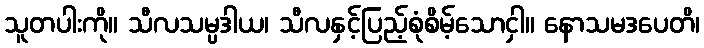
သူတပါးကို။ သီလသမ္ပဒါယ၊ သီလနှင့်ပြည့်စုံစိမ့်သောငှါ။ နောသမဒပေတိ၊